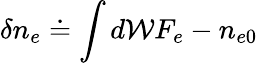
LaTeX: \delta{n}_{e}\doteq\int d\mathcal{W}F_{e}-n_{e0}